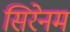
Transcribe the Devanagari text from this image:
सिरेनम